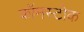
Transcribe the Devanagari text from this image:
कॉमस्टोक